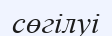
сөгілуі